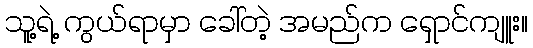
သူ့ရဲ့ ကွယ်ရာမှာ ခေါ်တဲ့ အမည်က ရှောင်ကျူး။